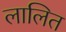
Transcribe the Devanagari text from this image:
लालित